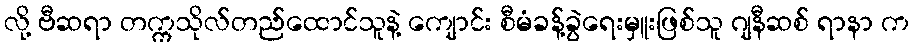
လို့ ဗီဆရာ တက္ကသိုလ်တည်ထောင်သူနဲ့ ကျောင်း စီမံခန့်ခွဲရေးမှူးဖြစ်သူ ဂျနီဆစ် ရာနာ က